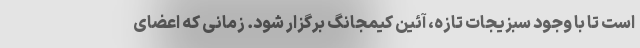
است تا با وجود سبزیجات تازه، آئین کیمجانگ برگزار شود. زمانی که اعضای